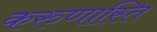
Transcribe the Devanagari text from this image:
करुणास्ति